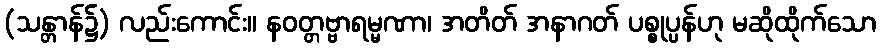
(သန္တာန်၌) လည်းကောင်း။ နဝတ္တဗ္ဗာရမ္မဏာ၊ အတိတ် အနာဂတ် ပစ္စုပ္ပန်ဟု မဆိုထိုက်သော